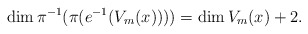
\begin{align*}\dim \pi ^{-1} (\pi ( e^{-1}(V_{m}(x)) )) = \dim V_{m}(x) +2 .\end{align*}